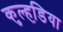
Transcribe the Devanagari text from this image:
कुल्हडि़या